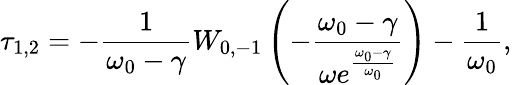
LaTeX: \tau_{1,2}=-\frac{1}{\omega_{0}-\gamma}W_{0,-1}\left(-\frac{\omega_{0}-\gamma}{\omega e^{\frac{\omega_{0}-\gamma}{\omega_{0}}}}\right)-\frac{1}{\omega_{0}},